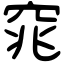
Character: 窕